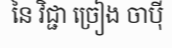
នៃ វិជ្ជា ច្រៀង ចាប៉ី